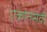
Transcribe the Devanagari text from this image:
एकांतसेवी